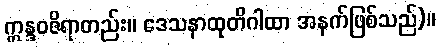
ဣန္ဒဝဇိရာတည်း။ ဒေသနာထုတိဂါထာ အနက်ဖြစ်သည်)။